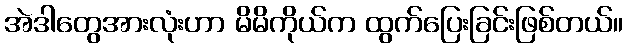
အဲဒါတွေအားလုံးဟာ မိမိကိုယ်က ထွက်ပြေးခြင်းဖြစ်တယ်။